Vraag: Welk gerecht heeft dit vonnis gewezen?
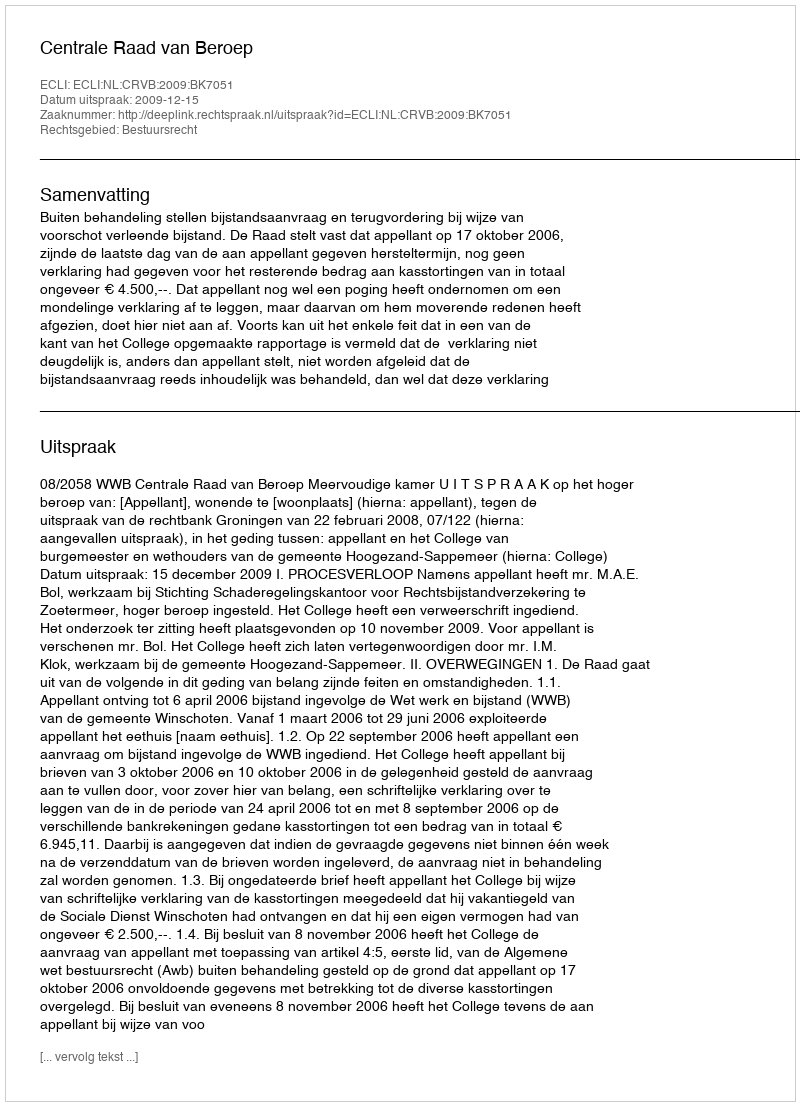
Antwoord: Centrale Raad van Beroep